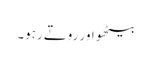
بیٹھو اور روتے رہو۔